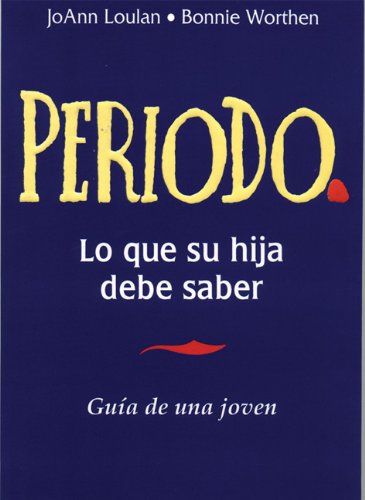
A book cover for Periodo: GuÃ­a de una Joven (Period: A Girl's Guide, Spanish Language Edition); JoAnn Loulan; Teen & Young Adult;